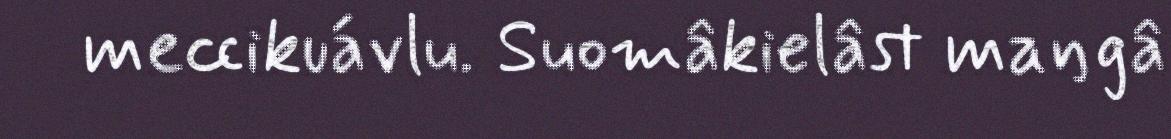
meccikuávlu. Suomâkielâst maŋgâ